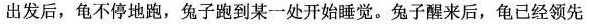
出发后，龟不停地跑，兔子跑到某一处开始睡觉。兔子醒来后，龟已经领先